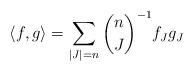
LaTeX: \begin{align*}\langle f, g\rangle = \sum_{|J|=n} { {n}\choose{J} }^{-1} f_Jg_J\end{align*}